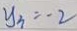
y _ { 3 } = - 2